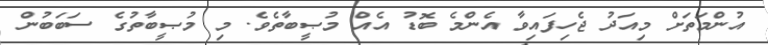
އުންމަތަށް މިއަދު ޖެހިފައިވާ އެންމެ ބޮޑު އެއް މުޞީބާތެވެ. މި މުޞީބާތުގެ ސަބަބުން